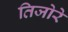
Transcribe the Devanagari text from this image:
तिजोरे